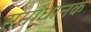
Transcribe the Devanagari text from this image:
समाधानक